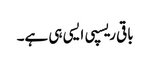
باقی ریسپی ایسی ہی ہے۔